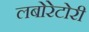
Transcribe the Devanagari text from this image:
लबोरेटोरी